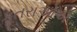
કૂતરાઓએ